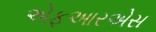
એફઆરએસ